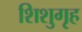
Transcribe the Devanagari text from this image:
शिशुगृह